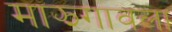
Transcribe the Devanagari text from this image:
माझगावला